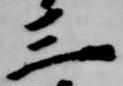
三